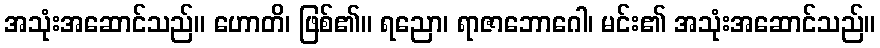
အသုံးအဆောင်သည်။ ဟောတိ၊ ဖြစ်၏။ ရညော၊ ရာဇာဘောဂေါ၊ မင်း၏ အသုံးအဆောင်သည်။